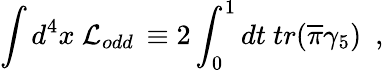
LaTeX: \int d^{4}x~{\cal L}_{odd}\, \equiv 2\int_{0}^{1}dt~tr(\overline{{{\pi}}}\gamma_{5})~~,